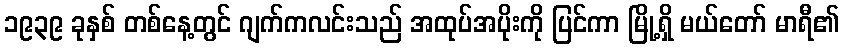
၁၉၃၉ ခုနှစ် တစ်နေ့တွင် ဂျက်ကလင်းသည် အထုပ်အပိုးကို ပြင်ကာ မြို့ရှိ မယ်တော် မာရီ၏